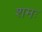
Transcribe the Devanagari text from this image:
शमः